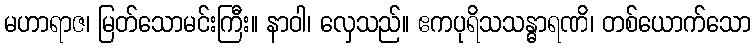
မဟာရာဇ၊ မြတ်သောမင်းကြီး။ နာဝါ၊ လှေသည်။ ဧကပုရိသသန္ဓာရဏိ၊ တစ်ယောက်သော